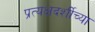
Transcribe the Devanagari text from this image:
प्रत्यक्षदर्शीच्या